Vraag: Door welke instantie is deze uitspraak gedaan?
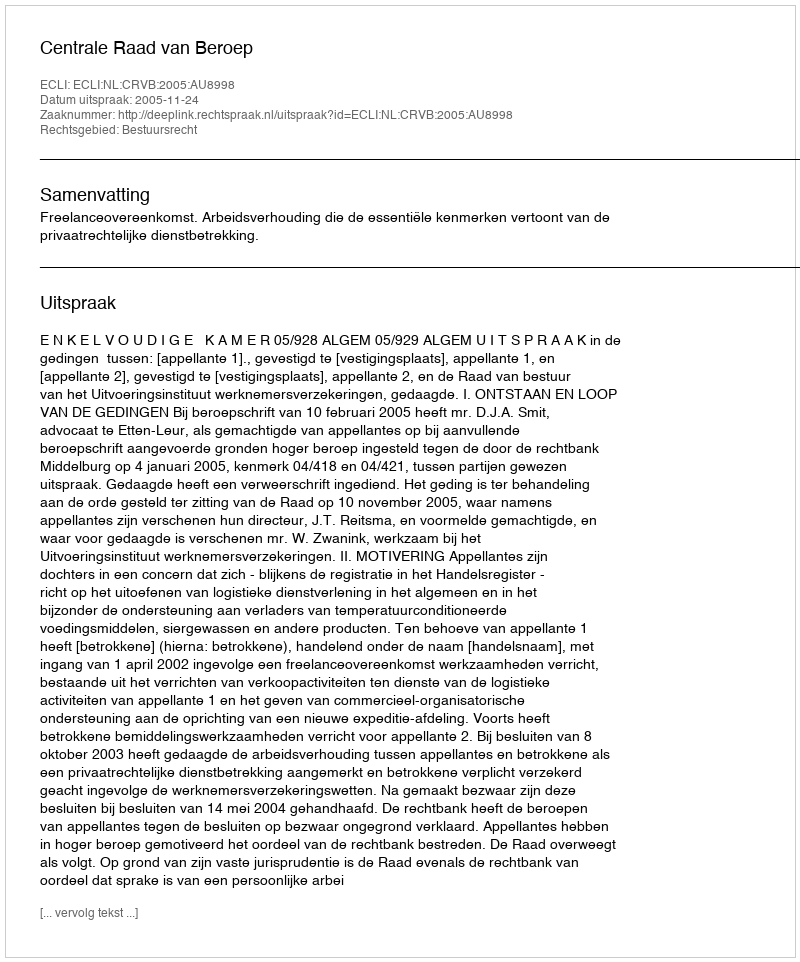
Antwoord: Centrale Raad van Beroep